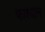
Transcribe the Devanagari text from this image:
फाश्यान